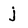
Character: j